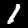
Digit: 1